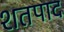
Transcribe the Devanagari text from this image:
शतपाद